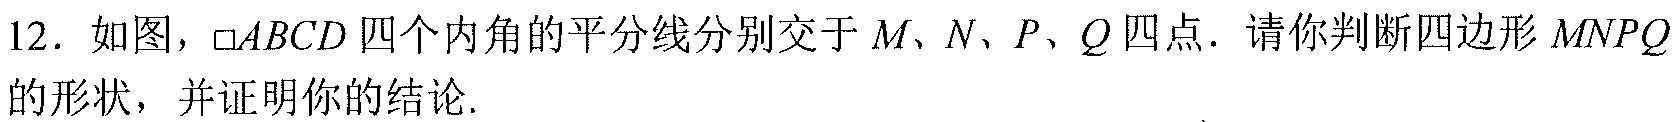
12. 如图，$\square ABCD$四个内角的平分线分别交于\(M\)、\(N\)、\(P\)、\(Q\)四点. 请你判断四边形\(MNPQ\)的形状，并证明你的结论.